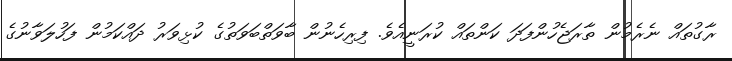
ރާގުތައް ނެރެމުން ތާރަޖެހުންފަދަ ކަންތައް ކުރަނީއެވެ. ފިރިހެނުން ބާވަތްބަވަތުގެ ކުޅިވަރު ދައްކަމުން ފަހުލަވާނުގެ